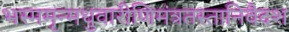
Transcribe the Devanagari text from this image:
भस्ममृन्मधुवारीणिमंत्रतस्तानिवैदश